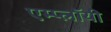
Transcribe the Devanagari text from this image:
एम्प्लॉयी